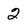
Character: 2